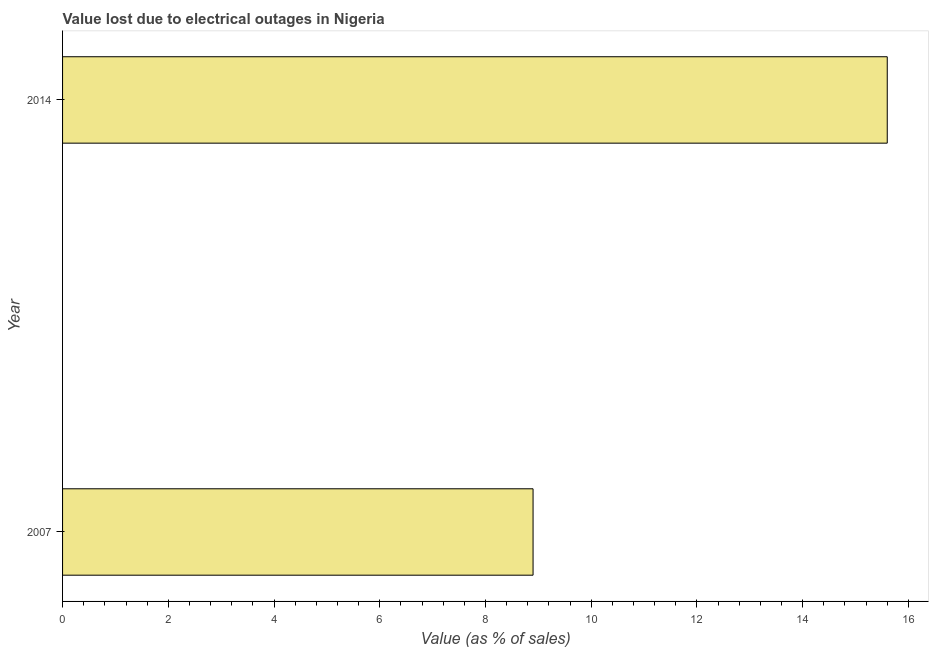
| Year | Value lost due to electrical outages |
 | --- | --- |
 | 2007 | 8.9 |
 | 2014 | 15.6 |